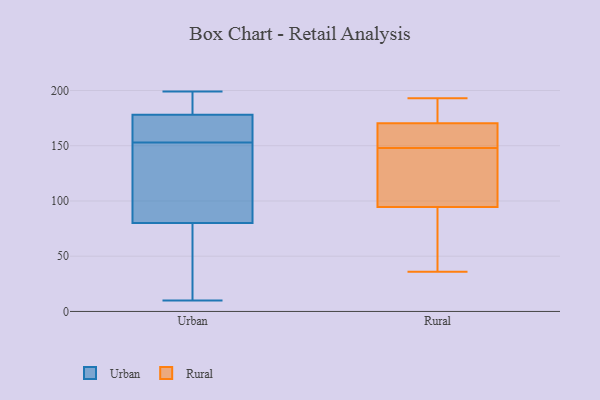
{"axis": {"x": "Demand Index", "y": "Value"}, "legend": ["Rural", "Urban"], "data": [{"x": "", "y": 78, "type": "Urban"}, {"x": "", "y": 173, "type": "Urban"}, {"x": "", "y": 10, "type": "Urban"}, {"x": "", "y": 169, "type": "Urban"}, {"x": "", "y": 148, "type": "Urban"}, {"x": "", "y": 189, "type": "Urban"}, {"x": "", "y": 156, "type": "Urban"}, {"x": "", "y": 141, "type": "Urban"}, {"x": "", "y": 178, "type": "Urban"}, {"x": "", "y": 199, "type": "Urban"}, {"x": "", "y": 80, "type": "Urban"}, {"x": "", "y": 190, "type": "Urban"}, {"x": "", "y": 59, "type": "Urban"}, {"x": "", "y": 150, "type": "Urban"}, {"x": "", "y": 36, "type": "Rural"}, {"x": "", "y": 193, "type": "Rural"}, {"x": "", "y": 163, "type": "Rural"}, {"x": "", "y": 154, "type": "Rural"}, {"x": "", "y": 183, "type": "Rural"}, {"x": "", "y": 99, "type": "Rural"}, {"x": "", "y": 166, "type": "Rural"}, {"x": "", "y": 81, "type": "Rural"}, {"x": "", "y": 115, "type": "Rural"}, {"x": "", "y": 78, "type": "Rural"}, {"x": "", "y": 145, "type": "Rural"}, {"x": "", "y": 187, "type": "Rural"}, {"x": "", "y": 148, "type": "Rural"}]}